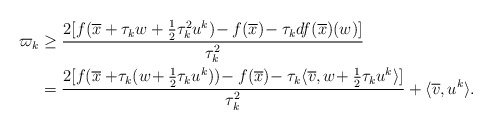
\begin{align*} \varpi_k &\ge\frac{2[f(\overline{x}+\tau_kw+\frac{1}{2}\tau_k^2 u^k)\!-f(\overline{x}) \!-\tau_k df(\overline{x})(w)]}{\tau_k^2}\\ &=\frac{2[f(\overline{x}+\!\tau_k(w\!+\frac{1}{2}\tau_ku^k))\!-f(\overline{x})\!-\tau_k\langle\overline{v},w\!+\frac{1}{2}\tau_ku^k\rangle]}{\tau_k^2}+\langle\overline{v},u^k\rangle. \end{align*}